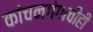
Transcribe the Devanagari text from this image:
कांचनगंगाचीही